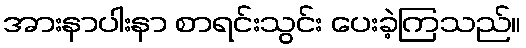
အားနာပါးနာ စာရင်းသွင်း ပေးခဲ့ကြသည်။